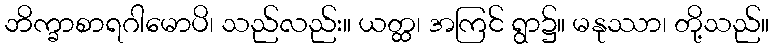
ဘိက္ခာစာရဂါမောပိ၊ သည်လည်း။ ယတ္ထ၊ အကြင် ရွာ၌။ မနုဿာ၊ တို့သည်။